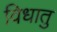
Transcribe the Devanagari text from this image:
विधातु